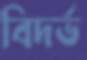
বিদর্ভ